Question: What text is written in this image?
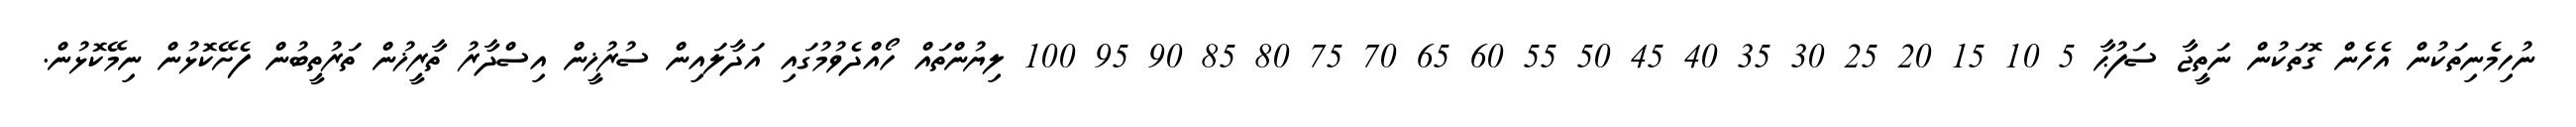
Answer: ނުހިމެނިތަކުން އެހެން ގޮތަކުން ނަތީޖާ ސަފުޙާ 5 10 15 20 25 30 35 40 45 50 55 60 65 70 75 80 85 90 95 100 ލިޔުންތައް ހޯއްދެވުމުގައި އަދާލައިން ސުރުޚީން އިސްދާރު ތާރީޚުން ތަރުތީބުން ފެށޭކޮޅުން ނިމޭކޮޅުން.